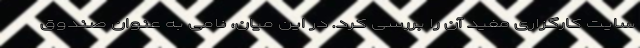
سایت کارگزاری مفید آن را بررسی کرد. در این میان، نامی به عنوان صندوق